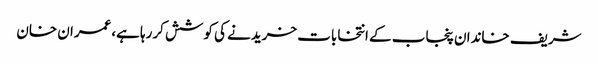
شریف خاندان پنجاب کے انتخابات خریدنے کی کوشش کررہا ہے،عمران خان